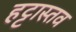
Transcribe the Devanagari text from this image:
हट्टास्तव